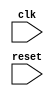
module behavioral_model (
    input clk,
    input reset,
    // Add additional input/output ports as needed
);

// Declare any internal signals or registers needed for the circuit

always @(posedge clk or posedge reset) begin
    if (reset == 1'b1) begin
        // Operations to be executed when reset signal transitions from low to high
        // Implement circuit functionality here
    end
end

endmodule